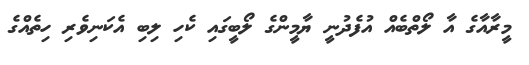
މީރާއާގެ އާ ލޯތްބެއް އުފެދުނީ ޔާމީންގެ ލޯބީގައި ކެހި ލިބި އެކަނިވެރި ހިތެއްގެ